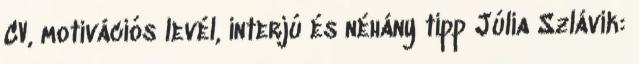
CV, motivációs levél, interjú és néhány tipp Júlia Szlávik: